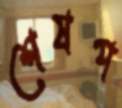
শেষপ